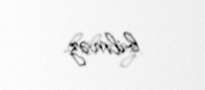
bilməz.